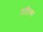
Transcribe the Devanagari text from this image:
पाठिका